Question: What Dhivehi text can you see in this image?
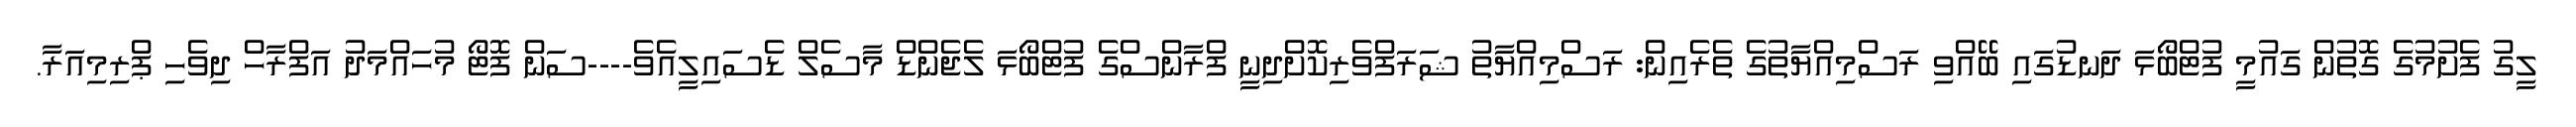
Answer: ލީގު ފެށުމުގެ ގޮތުން ގައުމީ ފުޓްބޯޅަ ދަނޑުގައި ބޭއްވި ރަސްމިއްޔާތުގެ ތެރެއިން: ރަސްމިއްޔާތު ޝަރަފްވެރިކޮށްދިނީ ފްރާންސްގެ ފުޓްބޯޅަ ލެޖެންޑް މާސެލް ޑެސައިލީއެވެ----ސަން ފޮޓޯ މުހައްމަދު އަފްރާހް ދިވެހި ޕްރިމިއަރާ.